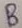
Text: B